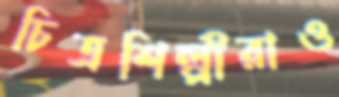
চিত্রশিল্পীরাও